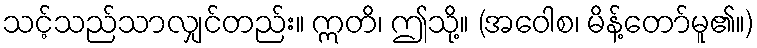
သင့်သည်သာလျှင်တည်း။ ဣတိ၊ ဤသို့။ (အဝေါစ၊ မိန့်တော်မူ၏။)